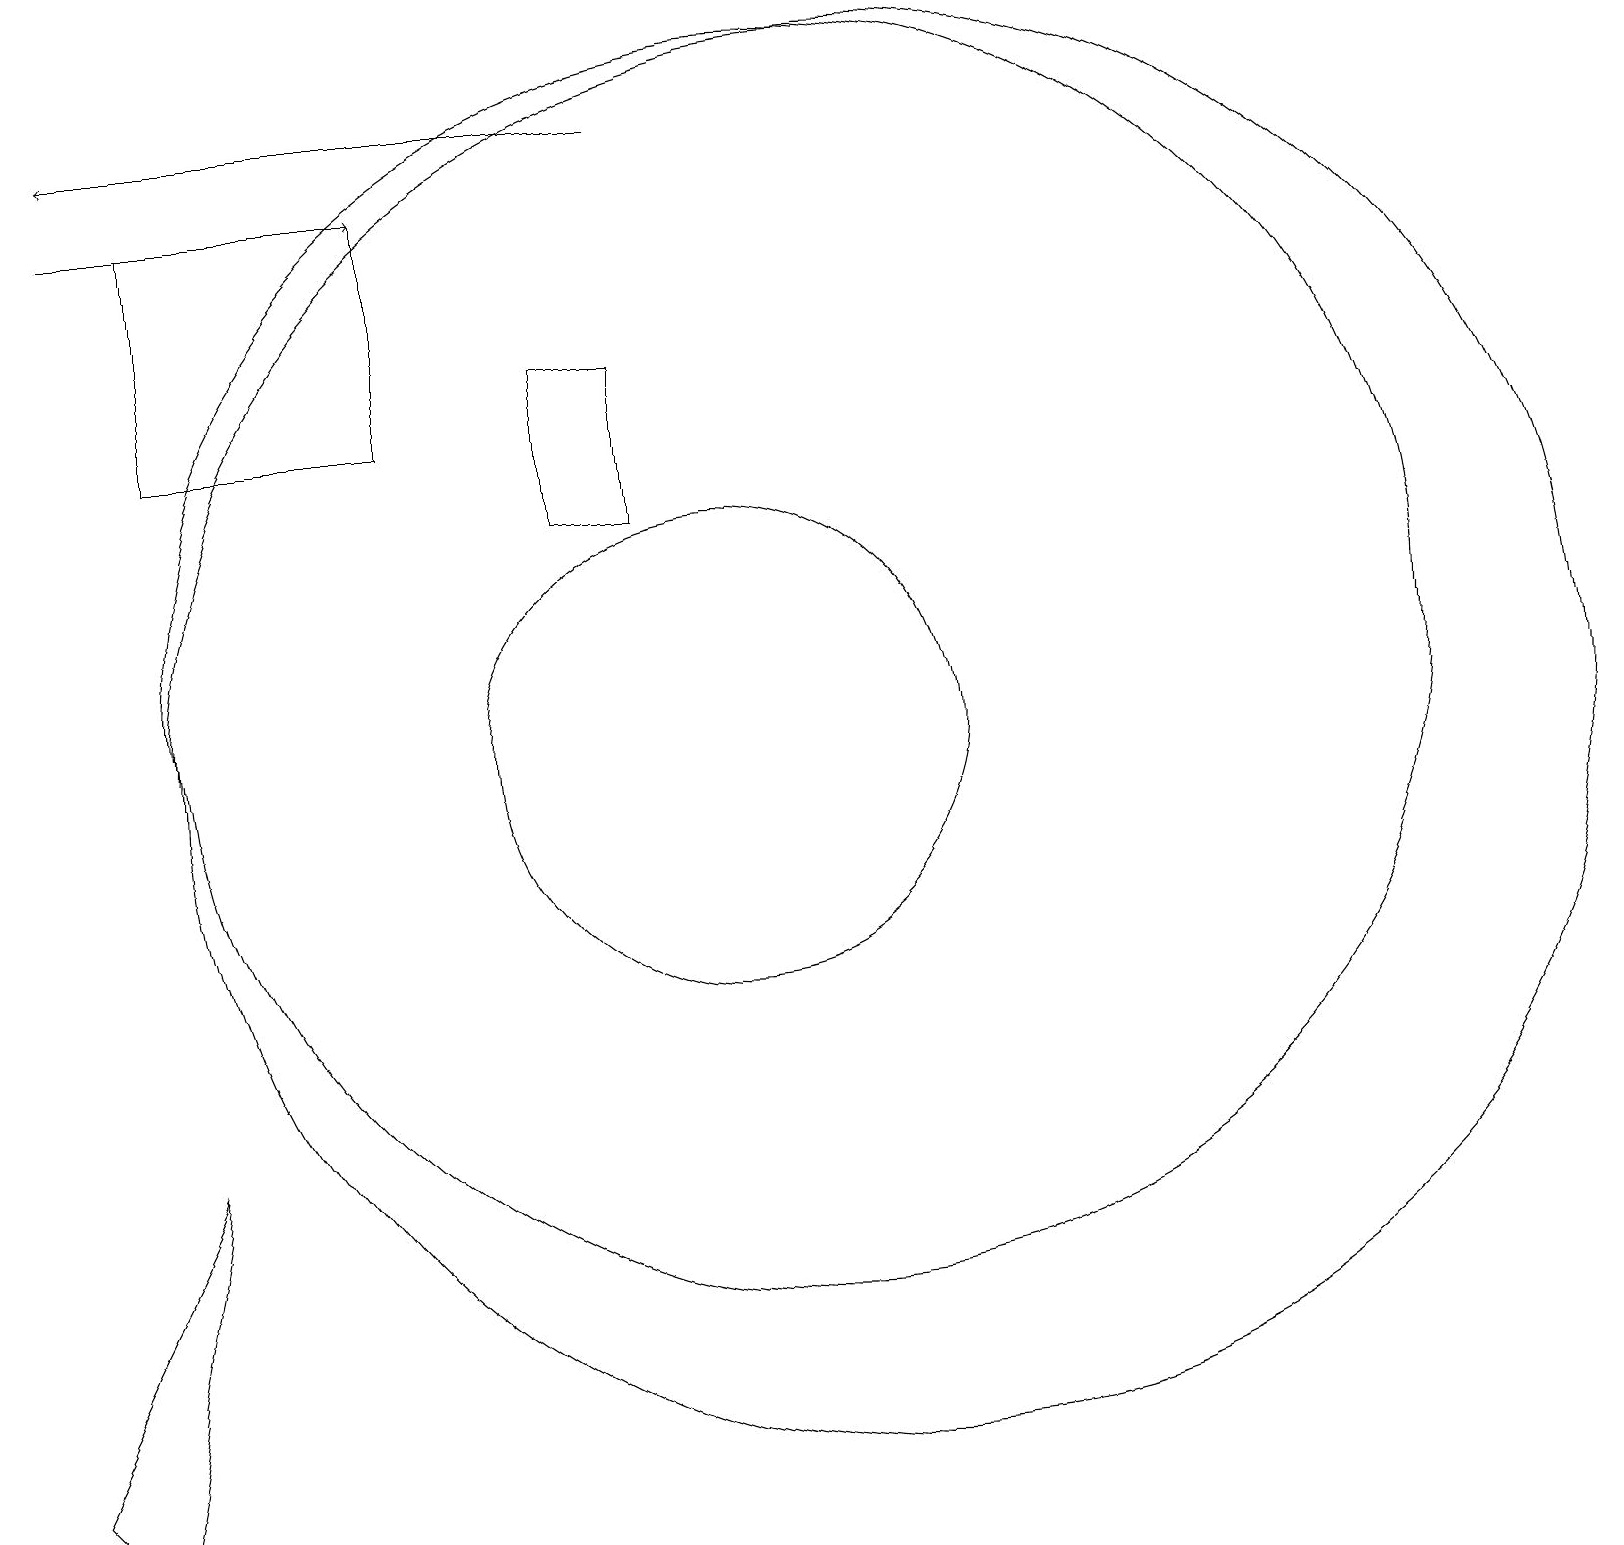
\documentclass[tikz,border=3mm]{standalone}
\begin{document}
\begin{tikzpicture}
\draw (8,13) rectangle (9,15);
\draw (3,5) -- (2,0) -- (1,1) -- cycle;
\draw (10,10) circle (3);
\draw[->] (9,18) -- (2,18);
\draw (11,11) circle (8);
\draw (3,17) rectangle (6,14);
\draw[->] (2,17) -- (6,17);
\draw (12,10) circle (9);
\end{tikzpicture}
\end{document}